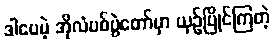
ဒါပေမဲ့ အိုလံပစ်ပွဲတော်မှာ ယှဉ်ပြိုင်ကြတဲ့